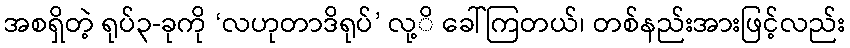
အစရှိတဲ့ ရုပ်၃-ခုကို ‘လဟုတာဒိရုပ်’ လု့ိ ခေါ်ကြတယ်၊ တစ်နည်းအားဖြင့်လည်း